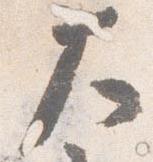
大